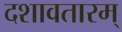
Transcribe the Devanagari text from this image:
दशावतारम्‌